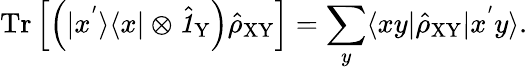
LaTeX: \mathrm{Tr}\left[\left(|x^{'}\rangle\langle x|\otimes\hat{\textbf{\textit{1}}\, }_{\! \mathrm{Y}}\right)\hat{\rho}_{\mathrm{XY}}\right]=\sum_{y}\langle xy|\hat{\rho}_{\mathrm{XY}}|x^{'}y\rangle.